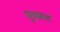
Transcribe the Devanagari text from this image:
मुस्सल